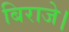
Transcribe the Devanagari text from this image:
बिराजे।